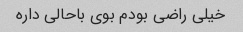
خیلی راضی بودم بوی باحالی داره